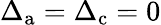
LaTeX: \Delta_{\mathrm{a}}=\Delta_{\mathrm{c}}=0